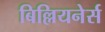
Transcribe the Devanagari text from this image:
बिल्लियनेर्स